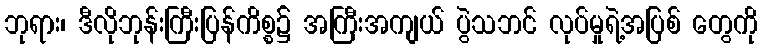
ဘုရား၊ ဒီလိုဘုန်းကြီးပြန်ကိစ္စ၌ အကြီးအကျယ် ပွဲသဘင် လုပ်မှုရဲ့အပြစ် တွေကို